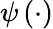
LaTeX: \psi\left(\cdot\right)